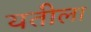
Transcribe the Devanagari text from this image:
यतीला